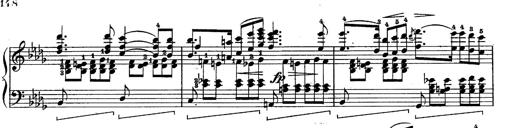
Title: Schubert's Impromptus [revised and edited by Franz Liszt]
Composer: Franz Liszt